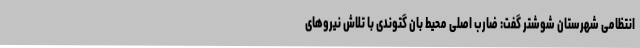
انتظامی شهرستان شوشتر گفت: ضارب اصلی محیط بان گتوندی با تلاش نیروهای